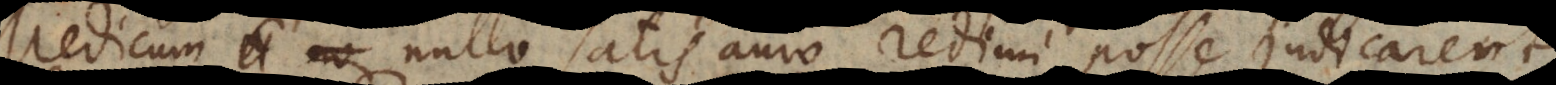
Medicum nullo satis auro redimi posse judicare